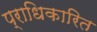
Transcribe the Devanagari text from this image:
प्राधिकारित